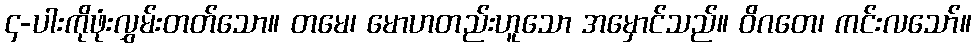
၄-ပါးကိုဖုံးလွှမ်းတတ်သော။ တမေ၊ မောဟတည်းဟူသော အမှောင်သည်။ ဝိဂတေ၊ ကင်းလသော်။